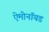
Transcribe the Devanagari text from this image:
ऐमोनॉयड